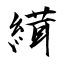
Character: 縙